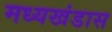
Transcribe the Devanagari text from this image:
मध्यखंडास